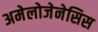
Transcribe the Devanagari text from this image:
अमेलोजेनेसिस